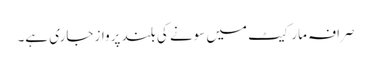
صرافہ مارکیٹ میں سونے کی بلند پرواز جاری ہے۔